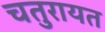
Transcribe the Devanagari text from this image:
चतुरायत